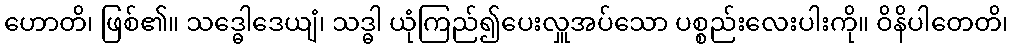
ဟောတိ၊ ဖြစ်၏။ သဒ္ဓေါဒေယျံ၊ သဒ္ဓါ ယုံကြည်၍ပေးလှူအပ်သော ပစ္စည်းလေးပါးကို။ ဝိနိပါတေတိ၊